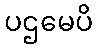
ပဌမေပိ